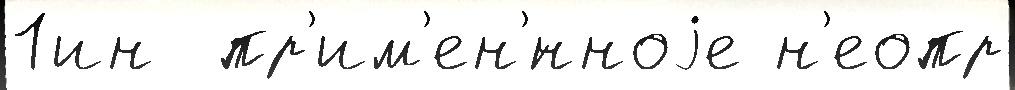
1ин  пр'им'ен'́нноjе н'еопр